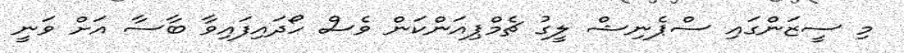
މި ސީޒަންގައި ސްޕެނިޝް ލީގު ޗެމްޕިއަންކަން ވެސް ހޯދައިފައިވާ ބާސާ އަށް ވަނީ